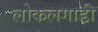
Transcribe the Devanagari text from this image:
लोकलगाडी